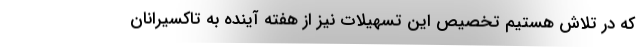
که در تلاش هستیم تخصیص این تسهیلات نیز از هفته آینده به تاکسیرانان